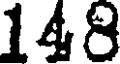
148